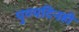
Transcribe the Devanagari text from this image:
पुण्यदिनही